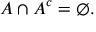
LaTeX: A \cap A ^ { c } = \varnothing .